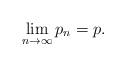
LaTeX: \begin{align*}\lim_{n \to \infty} p_n = p.\end{align*}